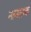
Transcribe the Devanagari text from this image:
नत्मस्तक